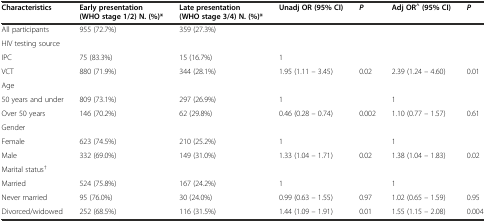
<table><thead><tr><td><b>Characteristics</b></td><td><b>Early presentation (WHO stage 1/2) N. (%)*</b></td><td><b>Late presentation (WHO stage 3/4) N. (%)*</b></td><td><b>Unadj OR (95% CI)</b></td><td><b><i>P</i></b></td><td><b>Adj OR<sup>^</sup>(95% CI)</b></td><td><b><i>P</i></b></td></tr></thead><tbody><tr><td>All participants</td><td>955 (72.7%)</td><td>359 (27.3%)</td><td></td><td></td><td></td><td></td></tr><tr><td>HIV testing source</td><td></td><td></td><td></td><td></td><td></td><td></td></tr><tr><td>IPC</td><td>75 (83.3%)</td><td>15 (16.7%)</td><td>1</td><td></td><td></td><td></td></tr><tr><td>VCT</td><td>880 (71.9%)</td><td>344 (28.1%)</td><td>1.95 (1.11 – 3.45)</td><td>0.02</td><td>2.39 (1.24 – 4.60)</td><td>0.01</td></tr><tr><td>Age</td><td></td><td></td><td></td><td></td><td></td><td></td></tr><tr><td>50 years and under</td><td>809 (73.1%)</td><td>297 (26.9%)</td><td>1</td><td></td><td>1</td><td></td></tr><tr><td>Over 50 years</td><td>146 (70.2%)</td><td>62 (29.8%)</td><td>0.46 (0.28 – 0.74)</td><td>0.002</td><td>1.10 (0.77 – 1.57)</td><td>0.61</td></tr><tr><td>Gender</td><td></td><td></td><td></td><td></td><td></td><td></td></tr><tr><td>Female</td><td>623 (74.5%)</td><td>210 (25.2%)</td><td>1</td><td></td><td>1</td><td></td></tr><tr><td>Male</td><td>332 (69.0%)</td><td>149 (31.0%)</td><td>1.33 (1.04 – 1.71)</td><td>0.02</td><td>1.38 (1.04 – 1.83)</td><td>0.02</td></tr><tr><td>Marital status<sup>†</sup></td><td></td><td></td><td></td><td></td><td></td><td></td></tr><tr><td>Married</td><td>524 (75.8%)</td><td>167 (24.2%)</td><td>1</td><td></td><td>1</td><td></td></tr><tr><td>Never married</td><td>95 (76.0%)</td><td>30 (24.0%)</td><td>0.99 (0.63 – 1.55)</td><td>0.97</td><td>1.02 (0.65 – 1.59)</td><td>0.95</td></tr><tr><td>Divorced/widowed</td><td>252 (68.5%)</td><td>116 (31.5%)</td><td>1.44 (1.09 – 1.91)</td><td>0.01</td><td>1.55 (1.15 – 2.08)</td><td>0.004</td></tr></tbody></table>